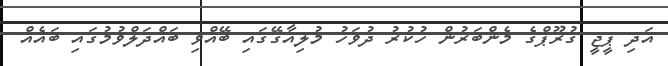
އަދި ޕީޖީ ގުރޫޕްގެ މެންބަރުން ހުކުރު ދުވަހު މުލިއާގޭގައި ބޭއްވި ބައްދަލްވުމުގައި ބައެއް